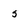
Character: 5